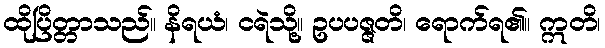
ထိုပြိတ္တာသည်။ နိရယံ၊ ငရဲသို့။ ဥပပဇ္ဇတိ၊ ရောက်ရ၏။ ဣတိ၊